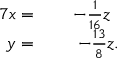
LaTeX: \begin{array} { r l r } { { 7 } x = \; } & { { } } & { - { \frac { 1 } { 1 6 } } z \, \, \, } \\ { y = \; } & { { } } & { - { \frac { 1 3 } { 8 } } z . } \end{array}